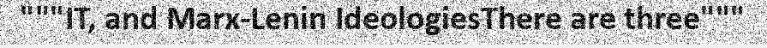
"""IT, and Marx-Lenin IdeologiesThere are three"""